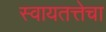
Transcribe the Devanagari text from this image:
स्वायतत्तेचा